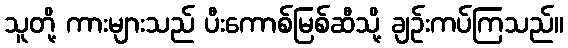
သူတို့ ကားများသည် ပီးကောစ်မြစ်ဆီသို့ ချဉ်းကပ်ကြသည်။